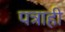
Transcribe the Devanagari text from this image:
पत्राही